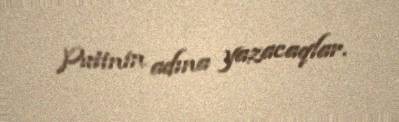
Putinin adına yazacaqlar.